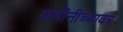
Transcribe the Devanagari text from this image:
जमीनीच्यावर